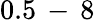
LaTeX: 0.5\, -\, 8